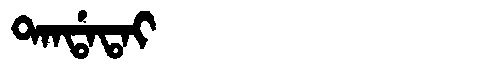
Manchu: ᡨᠠᠨᡩᠠᡨᠠᡳ
Romanization: TANDATAI